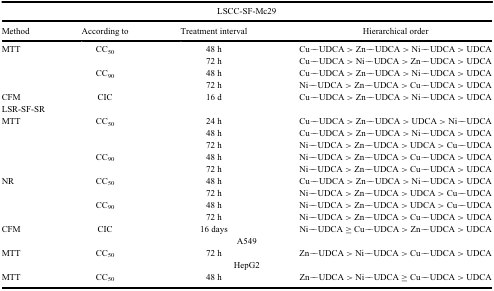
<table><thead><tr><td colspan="4"><b>LSCC-SF-Mc29</b></td></tr><tr><td><b>Method</b></td><td><b>According to</b></td><td><b>Treatment interval</b></td><td><b>Hierarchical order</b></td></tr></thead><tbody><tr><td>MTT</td><td>CC<sub>50</sub></td><td>48 h</td><td>Cu‒UDCA &gt; Zn‒UDCA &gt; Ni‒UDCA &gt; UDCA</td></tr><tr><td> </td><td> </td><td>72 h</td><td>Cu‒UDCA &gt; Ni‒UDCA &gt; Zn‒UDCA &gt; UDCA</td></tr><tr><td> </td><td>CC<sub>90</sub></td><td>48 h</td><td>Cu‒UDCA &gt; Zn‒UDCA &gt; Ni‒UDCA &gt; UDCA</td></tr><tr><td> </td><td> </td><td>72 h</td><td>Ni‒UDCA &gt; Zn‒UDCA &gt; Cu‒UDCA &gt; UDCA</td></tr><tr><td>CFM</td><td>CIC</td><td>16 d</td><td>Cu‒UDCA &gt; Zn‒UDCA &gt; Ni‒UDCA &gt; UDCA</td></tr><tr><td colspan="4">LSR-SF-SR</td></tr><tr><td>MTT</td><td>CC<sub>50</sub></td><td>24 h</td><td>Cu‒UDCA &gt; Zn‒UDCA &gt; UDCA &gt; Ni‒UDCA</td></tr><tr><td> </td><td> </td><td>48 h</td><td>Cu‒UDCA &gt; Zn‒UDCA &gt; Ni‒UDCA &gt; UDCA</td></tr><tr><td> </td><td> </td><td>72 h</td><td>Ni‒UDCA &gt; Zn‒UDCA &gt; UDCA &gt; Cu‒UDCA</td></tr><tr><td> </td><td>CC<sub>90</sub></td><td>48 h</td><td>Ni‒UDCA &gt; Zn‒UDCA &gt; Cu‒UDCA &gt; UDCA</td></tr><tr><td> </td><td> </td><td>72 h</td><td>Ni‒UDCA &gt; Zn‒UDCA &gt; Cu‒UDCA &gt; UDCA</td></tr><tr><td>NR</td><td>CC<sub>50</sub></td><td>48 h</td><td>Cu‒UDCA &gt; Zn‒UDCA &gt; Ni‒UDCA &gt; UDCA</td></tr><tr><td> </td><td> </td><td>72 h</td><td>Ni‒UDCA &gt; Zn‒UDCA &gt; UDCA &gt; Cu‒UDCA</td></tr><tr><td> </td><td>CC<sub>90</sub></td><td>48 h</td><td>Ni‒UDCA &gt; Zn‒UDCA &gt; UDCA &gt; Cu‒UDCA</td></tr><tr><td> </td><td> </td><td>72 h</td><td>Ni‒UDCA &gt; Zn‒UDCA &gt; Cu‒UDCA &gt; UDCA</td></tr><tr><td>CFM</td><td>CIC</td><td>16 days</td><td>Ni‒UDCA ≥ Cu‒UDCA &gt; Zn‒UDCA &gt; UDCA</td></tr><tr><td colspan="4">A549</td></tr><tr><td>MTT</td><td>CC<sub>50</sub></td><td>72 h</td><td>Zn‒UDCA &gt; Ni‒UDCA &gt; Cu‒UDCA &gt; UDCA</td></tr><tr><td colspan="4">HepG2</td></tr><tr><td>MTT</td><td>CC<sub>50</sub></td><td>48 h</td><td>Zn‒UDCA &gt; Ni‒UDCA ≥ Cu‒UDCA &gt; UDCA</td></tr></tbody></table>